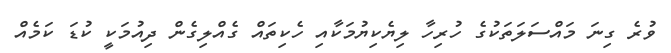
ވުރެ ގިނަ މައްސަލަތަކުގެ ހުރިހާ ލިޔެކިޔުމަކާއި ހެކިތައް ގެއްލިގެން ދިއުމަކީ ކުޑަ ކަމެއް